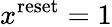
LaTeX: x^{\mathrm{reset}}=1